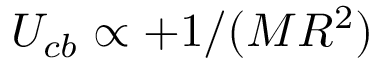
U _ { c b } \propto + 1 / ( M R ^ { 2 } )